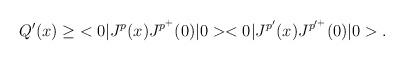
LaTeX: \begin{align*}Q'(x) \geq \; <0|J^p(x)J^{p^+}(0)|0> <0|J^{p'}(x)J^{p'^+}(0)|0>.\end{align*}